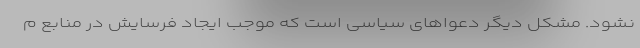
نشود. مشکل دیگر دعواهای سیاسی است که موجب ایجاد فرسایش در منابع م